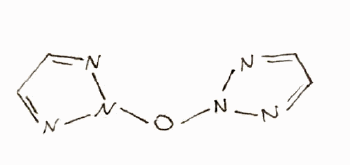
Simplified molecular-input line-entry system (SMILES) notation of the given molecule:
C1=NN(N=C1)ON2N=CC=N2